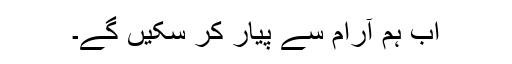
اب ہم آرام سے پیار کر سکیں گے۔